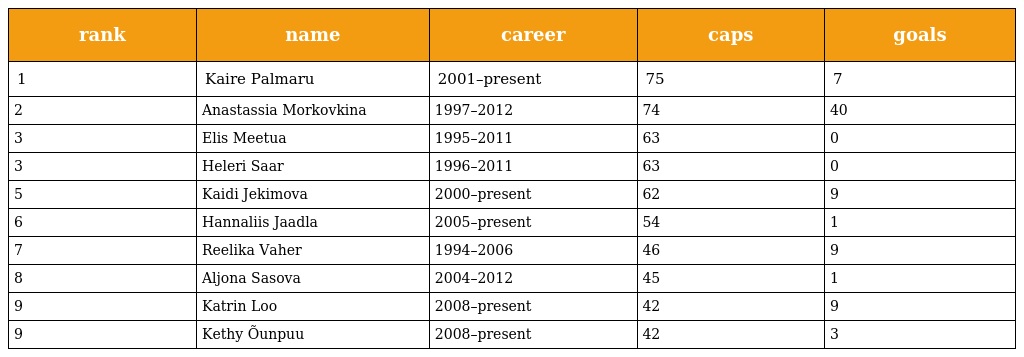
| rank | name | career | caps | goals |
 | --- | --- | --- | --- | --- |
 | 1 | Kaire Palmaru | 2001–present | 75 | 7 |
 | 2 | Anastassia Morkovkina | 1997–2012 | 74 | 40 |
 | 3 | Elis Meetua | 1995–2011 | 63 | 0 |
 | 3 | Heleri Saar | 1996–2011 | 63 | 0 |
 | 5 | Kaidi Jekimova | 2000–present | 62 | 9 |
 | 6 | Hannaliis Jaadla | 2005–present | 54 | 1 |
 | 7 | Reelika Vaher | 1994–2006 | 46 | 9 |
 | 8 | Aljona Sasova | 2004–2012 | 45 | 1 |
 | 9 | Katrin Loo | 2008–present | 42 | 9 |
 | 9 | Kethy Õunpuu | 2008–present | 42 | 3 |